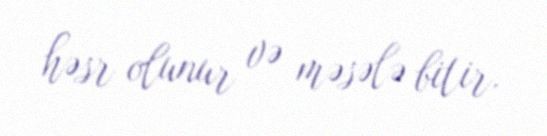
həsr olunur və məsələ bitir.